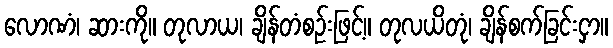
လောဏံ၊ ဆားကို။ တုလာယ၊ ချိန်တံစဉ်းဖြင့်။ တုလယိတုံ၊ ချိန်စက်ခြင်းငှာ။